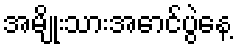
အမျိုးသားအောင်ပွဲနေ့